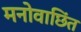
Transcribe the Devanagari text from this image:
मनोवाछिंत